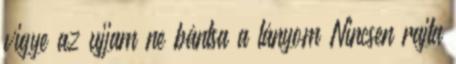
vigye az ujjam ne bántsa a lányom Nincsen rajta